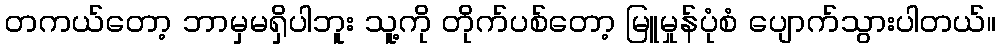
တကယ်တော့ ဘာမှမရှိပါဘူး သူ့ကို တိုက်ပစ်တော့ မြူမှုန်ပုံစံ ပျောက်သွားပါတယ်။